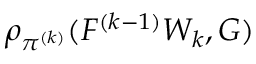
\rho _ { \pi ^ { ( k ) } } ( F ^ { ( k - 1 ) } W _ { k } , G )